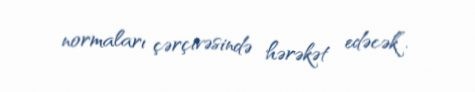
normaları çərçivəsində hərəkət edəcək”.